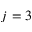
j = 3